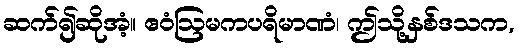
ဆက်၍ဆိုအံ့။ ဧဝံဩမကပရိမာဏံ၊ ဤသို့နှစ်ဒသက,